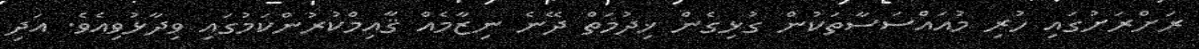
ރަށްރަށުގައި ހުރި މުއައްސަސާތަކުން ގުޅިގެން ޚިދުމަތް ދޭނެ ނިޒާމެއް ޤާއިމްކުރުންކަމުގައި ވިދާޅުވިއެވެ. އަދި